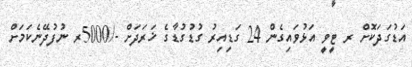
އަޑުގަދަކޮށް ރ ޓީވީ އަޅުވައިގެން 24 ގަޑިއިރު ގުޑުގުޑާގެ ޚަރަދަށް -/5000ރ ނުފުދޭނެކަމަށް